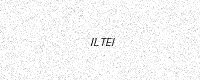
Text: ILTEI